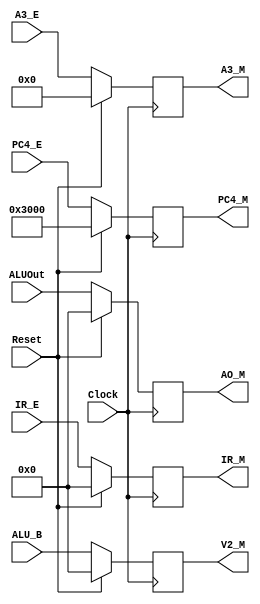
`timescale 1ns / 1ps
//////////////////////////////////////////////////////////////////////////////////
// Company: 
// Engineer: 
// 
// Design Name: 
// Module Name:    Reg_M 
// Project Name: 
// Target Devices: 
// Tool versions: 
// Description: 
//
// Dependencies: 
//
// Revision: 
// Revision 0.01 - File Created
// Additional Comments: 
//
//////////////////////////////////////////////////////////////////////////////////
module Reg_M(
    input Clock,
    input Reset,
    input [31:0] ALUOut,
    input [31:0] ALU_B,
    input [31:0] IR_E,
    input [31:0] PC4_E,
    input [4:0] A3_E,
	 output reg [31:0] IR_M,
    output reg [31:0] V2_M,
    output reg [31:0] AO_M,
    output reg [4:0] A3_M,
    output reg [31:0] PC4_M
    );
	
	always @ (posedge Clock) begin
		if(Reset == 1) begin
			IR_M 	<= 0;
			V2_M	<= 0;
			AO_M	<= 0;
			A3_M	<= 0;
			PC4_M	<= 32'h0000_3000;
		end
		else begin
			IR_M 	<= IR_E;
			V2_M	<= ALU_B;
			AO_M	<= ALUOut;
			A3_M	<= A3_E;
			PC4_M	<= PC4_E;
		end
	end

endmodule